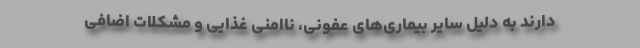
دارند به دلیل سایر بیماری‌های عفونی، ناامنی غذایی و مشکلات اضافی